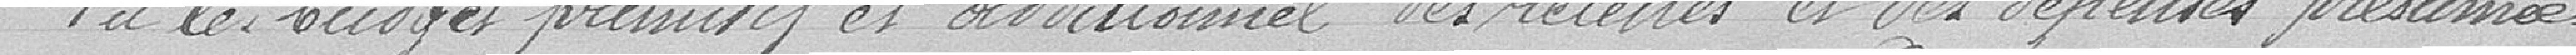
Vu le budget primitif et additionnel, les recettes et les dépenses présumées